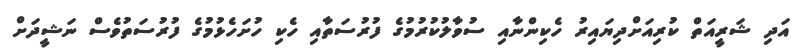
އަދި ޝަރީއަތް ކުރިއަށްދިޔައިރު ހެކިންނާއި ސުވާލުކުރުމުގެ ފުރުސަތާއި ހެކި ހުށަހެޅުމުގެ ފުރުސަތުވެސް ނަޝީދަށް